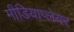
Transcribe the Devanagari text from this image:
मीडियाप्लेयर